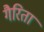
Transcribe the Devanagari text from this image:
गैरिता